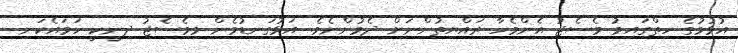
އުޅުމުގެ ހިތްގައިމު މެސެޖު އެންމެހާ ރައްޔިތުންނަށް ދެމުންނެވެ. އަޅުގަނޑުމެން މިމެސެޖު ދިނީކީ ހަމައެކަނި